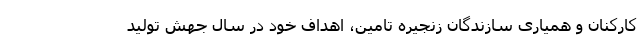
کارکنان و همیاری سازندگان زنجیره تامین، اهداف خود در سال جهش تولید